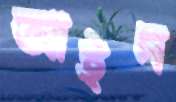
আইদ